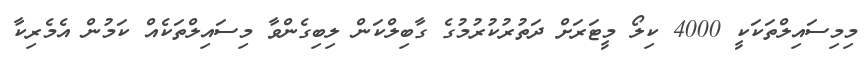
މިމިސައިލްތަކަކީ 4000 ކިލޯ މީޓަރަށް ދަތުރުކުރުމުގެ ގާބިލްކަން ލިބިގެންވާ މިސައިލްތަކެއް ކަމުން އެމެރިކާ